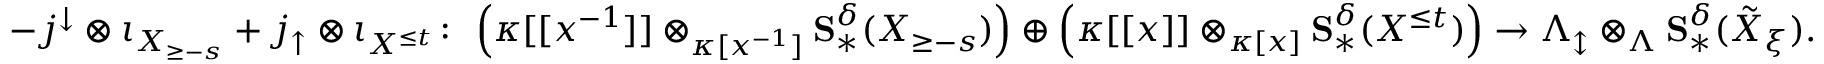
- j ^ { \downarrow } \otimes \iota _ { X _ { \geq - s } } + j _ { \uparrow } \otimes \iota _ { X ^ { \leq t } } \colon \thinspace \left( \kappa [ [ x ^ { - 1 } ] ] \otimes _ { \kappa [ x ^ { - 1 } ] } \mathbf { S } _ { * } ^ { \delta } ( X _ { \geq - s } ) \right) \oplus \left( \kappa [ [ x ] ] \otimes _ { \kappa [ x ] } \mathbf { S } _ { * } ^ { \delta } ( X ^ { \leq t } ) \right) \to \Lambda _ { \updownarrow } \otimes _ { \Lambda } \mathbf { S } _ { * } ^ { \delta } ( \tilde { X } _ { \xi } ) .